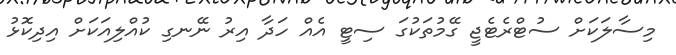
މިސާލަކަށް ސުޓްރެޓެޖީ ގޭމުތަކުގަ ސިޓީ އެއް ހަދާ އިރު ނޭނގި ކުއްލިއަކަށް އިދިކޮޅު